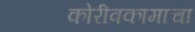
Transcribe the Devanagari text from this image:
कोरीवकामाचा